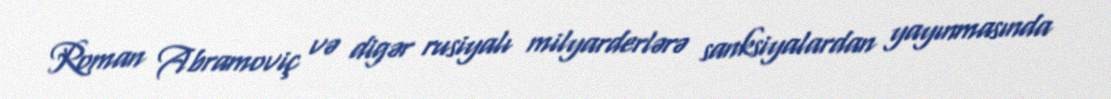
Roman Abramoviç və digər rusiyalı milyarderlərə sanksiyalardan yayınmasında